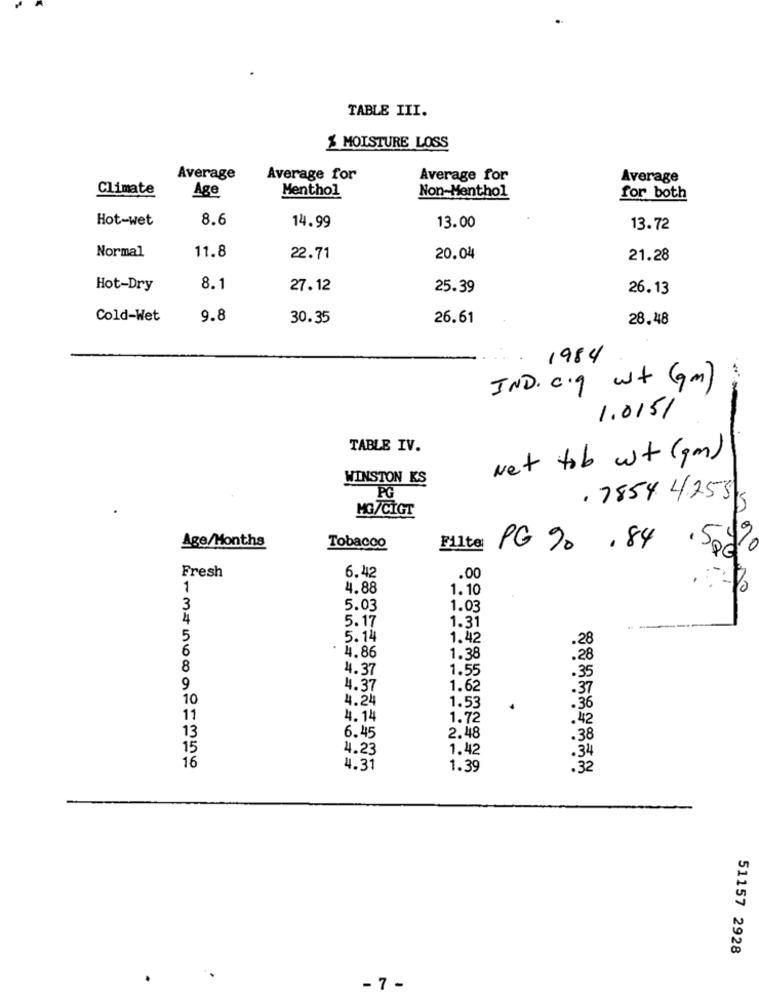
TABLE III.
% MOISTURE LOSS
Average
Average for
Average for
Average
Climate
Age
Non-Menthol
Menthol
for both
Hot-wet
8.6
13.00
14.99
13.72
Normal
11.8
22.71
20.04
21.28
Hot-Dry
8.1
27.12
25.39
26.13
Cold-Wet
9.8
30.35
26.61
28.48
1984
IND. c.g wt (gm)
1.015/
TABLE IV.
Net tob wt (gm)
WINSTON KS
PG
. 7854 42555
MG/CIGT
Age/Months
Tobacco
Filter
PG 9.84
.50%
Fresh
6.42
.00
1
4.88
1.10
3
5.03
1.03
4
5.17
1.31
5
5.14
1.42
.28
6
4.86
1.38
.28
8
4.37
1.55
. 35
9
4.37
1.62
.37
10
4.24
1.53
.36
11
4.14
1.72
. 42
13
6.45
2.48
.38
15
4.23
1.42
16
.34
4.31
1.39
.32
51157 2928
- 7 -